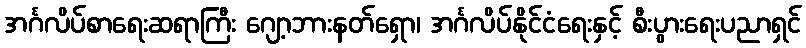
အင်္ဂလိပ်စာရေးဆရာကြီး ဂျော့ဘားနတ်ရှော၊ အင်္ဂလိပ်နိုင်ငံရေးနှင့် စီးပွားရေးပညာရှင်